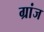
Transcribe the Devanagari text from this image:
ग्रांज